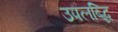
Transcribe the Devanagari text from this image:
उपलब्द्धि